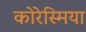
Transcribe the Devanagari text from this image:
कोरेस्मिया